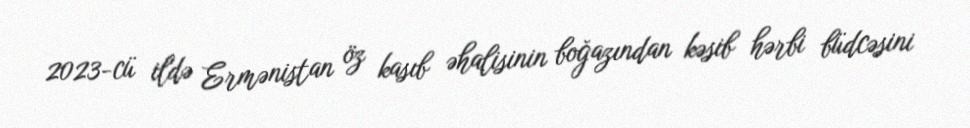
2023-cü ildə Ermənistan öz kasıb əhalisinin boğazından kəsib hərbi büdcəsini